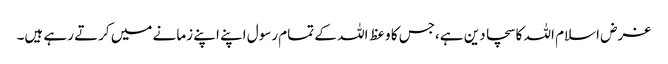
غرض اسلام اللہ کا سچا دین ہے،جس کا وعظ اللہ کے تمام رسول اپنے اپنے زمانے میں کرتے رہے ہیں۔